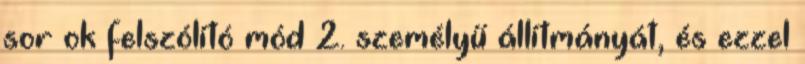
sor ok felszólító mód 2. személyű állítmányát, és ezzel